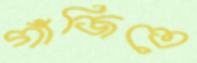
গাঁজিতে